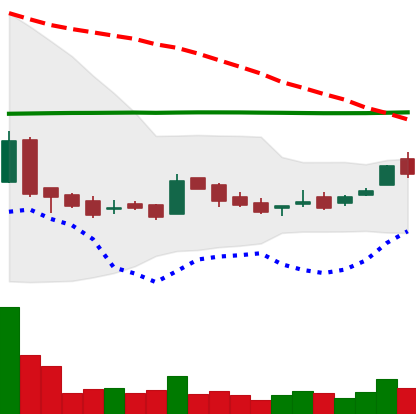
Ticker: LTC-USD
Chart end date: 2016-02-15
Forward return: 8.656%
Label: up_7plus